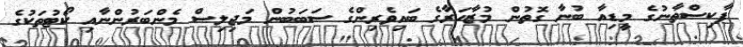
ޕާކިސްތާނުގެ މީޑިއާ ބުނާ ގޮތުން މުޒާހަރާގެ ބައިވެރިންގެ ސަބަބުން މަޖިލިސް މެންބަރުންނާއި ކޯޓުތަކުގެ